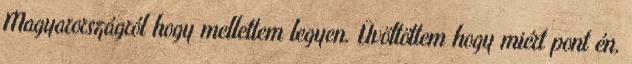
Magyarországról hogy mellettem legyen. Üvöltöttem hogy miért pont én,